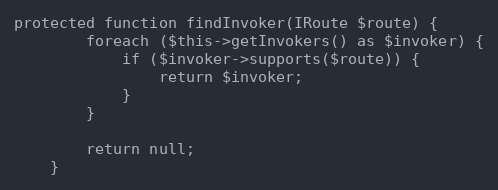
Language: PHP
protected function findInvoker(IRoute $route) {
        foreach ($this->getInvokers() as $invoker) {
            if ($invoker->supports($route)) {
                return $invoker;
            }
        }

        return null;
    }